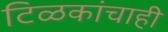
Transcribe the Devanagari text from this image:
टिळकांचाही